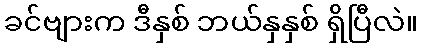
ခင်ဗျားက ဒီနှစ် ဘယ်နှနှစ် ရှိပြီလဲ။